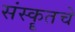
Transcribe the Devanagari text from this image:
संस्कॄतचे